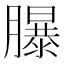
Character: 𦢊